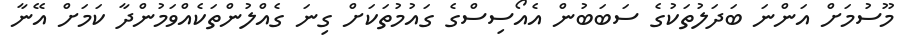
މޫސުމަށް އަންނަ ބަދަލުތަކުގެ ސަބަބުން އެއޯސިސްގެ ގައުމުތަކަށް ގިނަ ގެއްލުންތަކެއްވަމުންދާ ކަމަށް އޭނާ